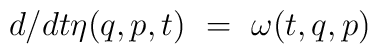
{d}/{dt} \eta (q,p,t) \ = \ \omega (t,q,p)